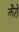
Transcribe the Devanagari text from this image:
कैये